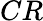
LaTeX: CR